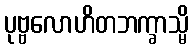
ပုဗ္ဗလောဟိတဘက္ခာသ္မိ